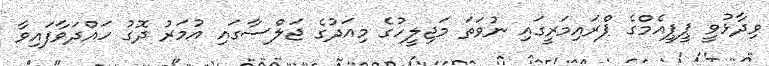
ވިދާޅުވީ ޕީޕީއެމްގެ ޕްރައިމަރީގައި ނުވަތަ މަޖިލީހުގެ މިއަދުގެ ޖަލްސާގައި އުމަރު ދޮގު ހައްދަވާފައިވާ